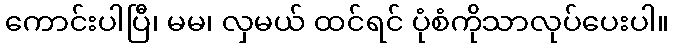
ကောင်းပါပြီ၊ မမ၊ လှမယ် ထင်ရင် ပုံစံကိုသာလုပ်ပေးပါ။